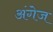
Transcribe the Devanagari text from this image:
अंगेज